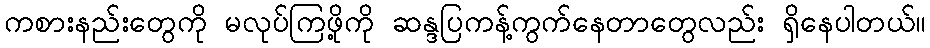
ကစားနည်းတွေကို မလုပ်ကြဖို့ကို ဆန္ဒပြကန့်ကွက်နေတာတွေလည်း ရှိနေပါတယ်။